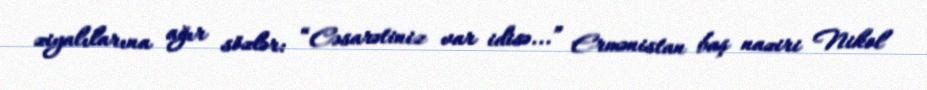
ziyalılarına ağır sözlər: “Cəsarətiniz var idisə...” Ermənistan baş naziri Nikol